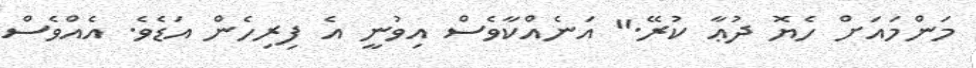
މަންމައަށް ހެޔޮ ދުޢާ ކުރޭ." އަނެއްކާވެސް އިވުނީ އެ ފިރިހެން އަޑެވެ. އެއްވެސް